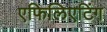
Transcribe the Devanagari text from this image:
एफिलिएटिंग